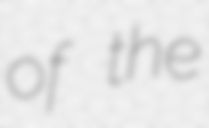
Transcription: of the